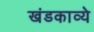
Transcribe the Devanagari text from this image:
खंडकाव्ये